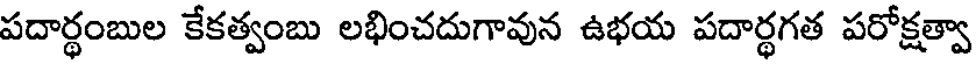
పదార్థంబుల కేకత్వంబు లభించదుగావున ఉభయ పదార్థగత పరోక్షత్వా